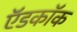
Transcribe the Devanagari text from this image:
ऍडकॉक